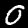
Label: 0